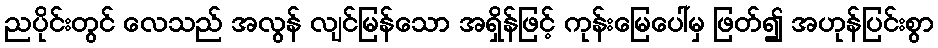
ညပိုင်းတွင် လေသည် အလွန် လျင်မြန်သော အရှိန်ဖြင့် ကုန်းမြေပေါ်မှ ဖြတ်၍ အဟုန်ပြင်းစွာ